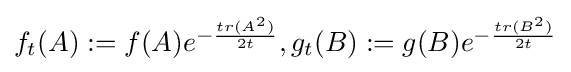
{\textstyle f_{t}(A):=f(A)e^{-{\frac {tr(A^{2})}{2t}}},g_{t}(B):=g(B)e^{-{\frac {tr(B^{2})}{2t}}}}